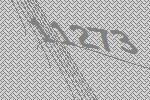
11273